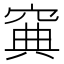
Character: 𥦟